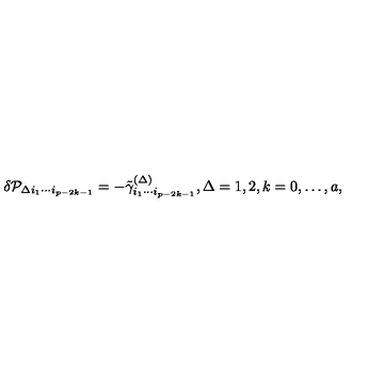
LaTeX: \delta { \cal P } _ { \Delta i _ { 1 } \cdots i _ { p - 2 k - 1 } } = - \tilde { \gamma } _ { i _ { 1 } \cdots i _ { p - 2 k - 1 } } ^ { ( \Delta ) } , \Delta = 1 , 2 , k = 0 , \ldots , a ,